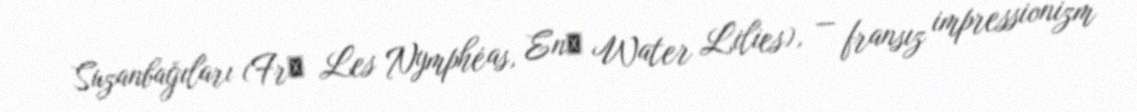
Suzanbağıları (Frː Les Nymphéas, Enː Water Lilies), — fransız impressionizm